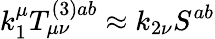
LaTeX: k_{1}^{\mu}T_{\mu\nu}^{(3)ab}\approx k_{2\nu}S^{ab}